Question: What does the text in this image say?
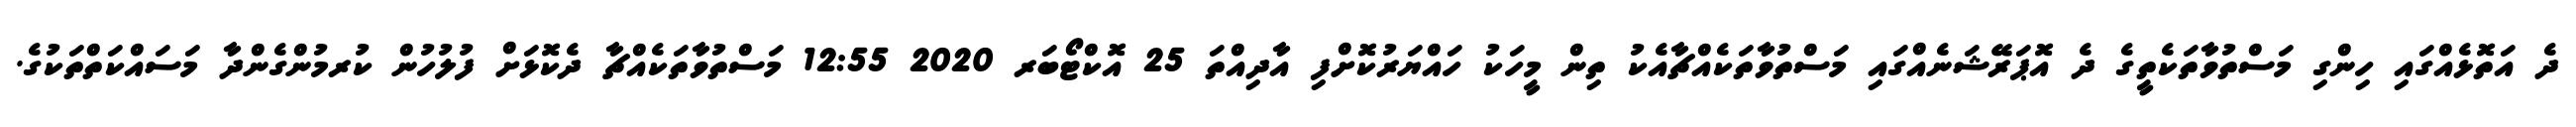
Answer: ދެ އަތޮޅެއްގައި ހިންގި މަސްތުވާތަކެތީގެ ދެ އޮޕަރޭޝަނެއްގައި މަސްތުވާތަކެއްޗާއެކު ތިން މީހަކު ހައްޔަރުކޮށްފި އާދިއްތަ 25 އޮކްޓޯބަރ 2020 12:55 މަސްތުވާތަކެއްޗާ ދެކޮޅަށް ފުލުހުން ކުރމުންގެންދާ މަސައްކަތްތަކުގެ.